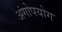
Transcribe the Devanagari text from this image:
अंगोपयोग